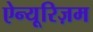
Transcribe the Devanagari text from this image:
ऐन्यूरिज़म